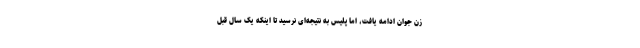
زن جوان ادامه یافت، اما پلیس به نتیجه‌ای نرسید تا اینکه یک سال قبل